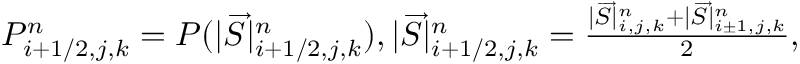
\begin{array} { r } { P _ { i + 1 / 2 , j , k } ^ { n } = P ( | \overrightarrow { S } | _ { i + 1 / 2 , j , k } ^ { n } ) , | \overrightarrow { S } | _ { i + 1 / 2 , j , k } ^ { n } = \frac { | \overrightarrow { S } | _ { i , j , k } ^ { n } + | \overrightarrow { S } | _ { i \pm 1 , j , k } ^ { n } } { 2 } , } \end{array}